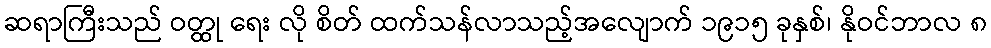
ဆရာကြီးသည် ဝတ္ထု ရေး လို စိတ် ထက်သန်လာသည့်အလျောက် ၁၉၁၅ ခုနှစ်၊ နိုဝင်ဘာလ ၈